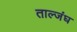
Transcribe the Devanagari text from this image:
ताल्जंघ